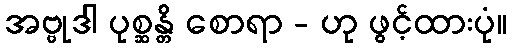
အဗ္ဗုဒါ ပုစ္ဆန္တိ စောရာ - ဟု ဖွင့်ထားပုံ။